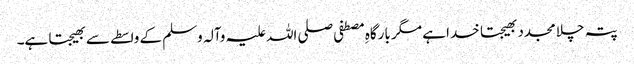
پتہ چلا مجدد بھیجتا خدا ہے مگر بارگاہِ مصطفی صلی اللہ علیہ وآلہ وسلم کے واسطے سے بھیجتا ہے۔